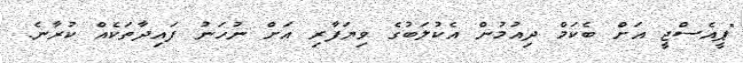
"ޕީއެސްޖީ އަށް ބެކަމް ދިއުމުން އެކުލަބުގެ ވިޔަފާރި އަށް ނުހަނު ފައިދާތަކެއް ކުރާނެ.